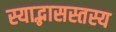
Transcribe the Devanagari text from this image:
स्याद्भासस्तस्य